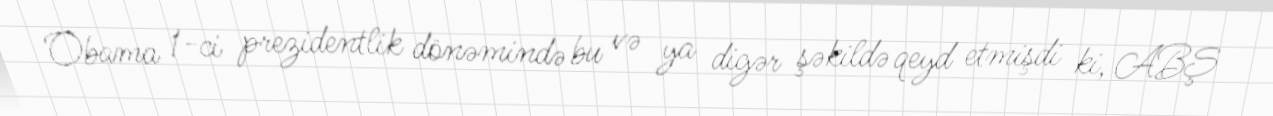
Obama 1-ci prezidentlik dönəmində bu və ya digər şəkildə qeyd etmişdi ki, ABŞ